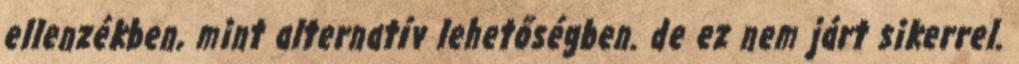
ellenzékben, mint alternatív lehetőségben. de ez nem járt sikerrel.